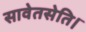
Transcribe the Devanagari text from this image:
सावेतसेति।